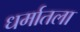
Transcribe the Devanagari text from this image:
धर्मातला